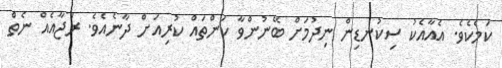
ކަމެކެވެ. އެއާއެކު ސިކުނޑިން ނިދުމަށް ބޭނުންވާ ކަންތައް ކުރިއަށް ދާނެއެވެ. ރަޖާއެއް ނެތް